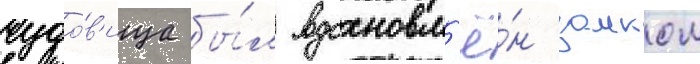
чудо́в'ища бы́л вдохновл'ё́н замком